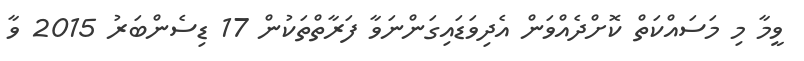
ވީމާ މި މަސައްކަތް ކޮށްދެއްވަން އެދިވަޑައިގަންނަވާ ފަރާތްތަކުން 17 ޑިސެންބަރު 2015 ވާ